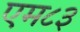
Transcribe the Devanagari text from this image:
एम८३